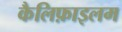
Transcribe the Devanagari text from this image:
कैलिफ़ाइलम